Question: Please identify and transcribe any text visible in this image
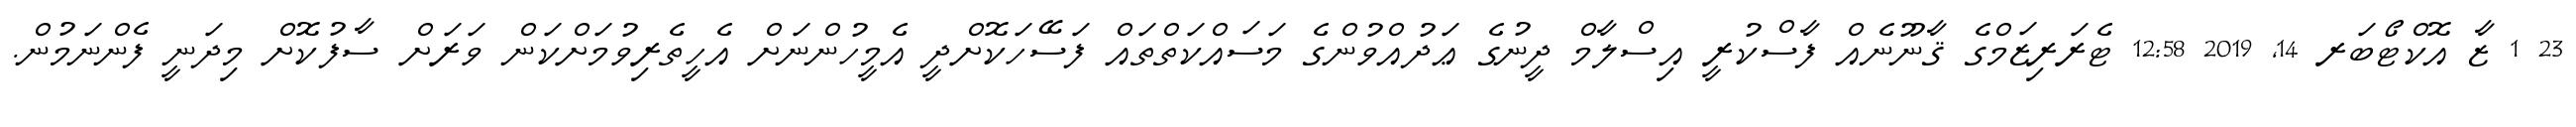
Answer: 23 1 ޒާ އޮކްޓޯބަރ 14, 2019 12:58 ޓެރަރިޒަމްގެ ޤާނޫނެއް ފާސްކުރީ އިސްލާމް ދީނުގެ ޢަދުއްވުންގެ މަސައްކަތްތައް ފަސޭހަކޮށްދީ އެމީހުންނަށް އެހީތެރިވުމަށްކަން ވަރަށް ސާފުކޮށް މިދަނީ ފެންނަމުން.